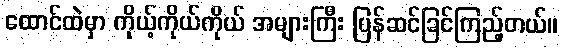
ထောင်ထဲမှာ ကိုယ့်ကိုယ်ကိုယ် အများကြီး ပြန်ဆင်ခြင်ကြည့်တယ်။